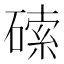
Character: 𱴥